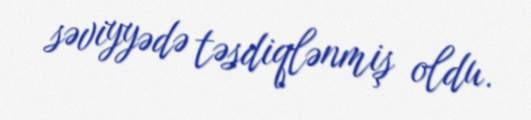
səviyyədə təsdiqlənmiş oldu.